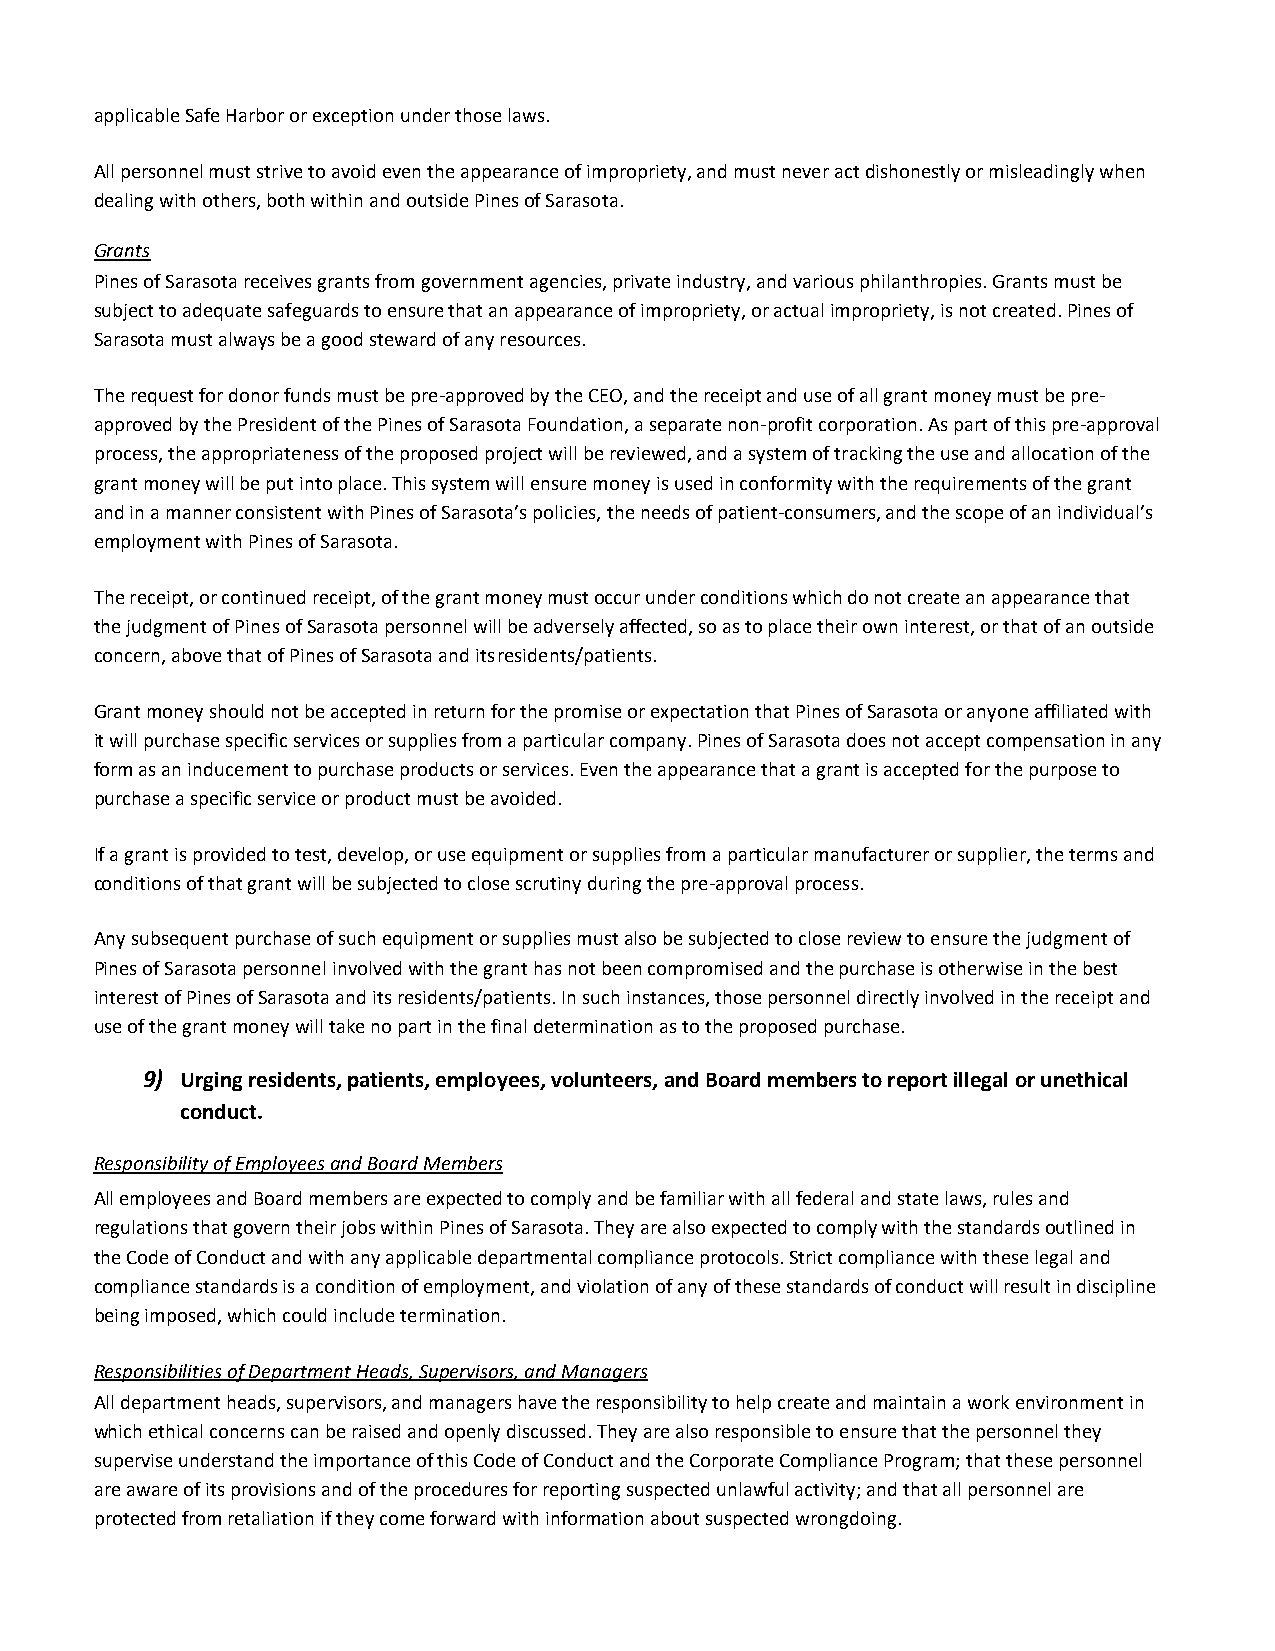
applicable Safe Harbor or exception under those laws.
 All personnel must strive to avoid even the appearance of impropriety, and must never act dishonestly or misleadingly when
 dealing with others, both within and outside Pines of Sarasota.
 Grants
 Pines of Sarasota receives grants from government agencies, private industry, and various philanthropies. Grants must be
 subject to adequate safeguards to ensure that an appearance of impropriety, or actual impropriety, is not created. Pines of
 Sarasota must always be a good steward of any resources.
 The request for donor funds must be pre-approved by the CEO, and the receipt and use of all grant money must be pre-
 approved by the President of the Pines of Sarasota Foundation, a separate non-profit corporation. As part of this pre-approval
 process, the appropriateness of the proposed project will be reviewed, and a system of tracking the use and allocation of the
 grant money will be put into place. This system will ensure money is used in conformity with the requirements of the grant
 and in a manner consistent with Pines of Sarasota’s policies, the needs of patient-consumers, and the scope of an individual’s
 employment with Pines of Sarasota.
 The receipt, or continued receipt, of the grant money must occur under conditions which do not create an appearance that
 the judgment of Pines of Sarasota personnel will be adversely affected, so as to place their own interest, or that of an outside
 concern, above that of Pines of Sarasota and its residents/patients.
 Grant money should not be accepted in return for the promise or expectation that Pines of Sarasota or anyone affiliated with
 it will purchase specific services or supplies from a particular company. Pines of Sarasota does not accept compensation in any
 form as an inducement to purchase products or services. Even the appearance that a grant is accepted for the purpose to
 purchase a specific service or product must be avoided.
 If a grant is provided to test, develop, or use equipment or supplies from a particular manufacturer or supplier, the terms and
 conditions of that grant will be subjected to close scrutiny during the pre-approval process.
 Any subsequent purchase of such equipment or supplies must also be subjected to close review to ensure the judgment of
 Pines of Sarasota personnel involved with the grant has not been compromised and the purchase is otherwise in the best
 interest of Pines of Sarasota and its residents/patients. In such instances, those personnel directly involved in the receipt and
 use of the grant money will take no part in the final determination as to the proposed purchase.
 9) Urging residents, patients, employees, volunteers, and Board members to report illegal or unethical
 conduct.
 Responsibility of Employees and Board Members
 All employees and Board members are expected to comply and be familiar with all federal and state laws, rules and
 regulations that govern their jobs within Pines of Sarasota. They are also expected to comply with the standards outlined in
 the Code of Conduct and with any applicable departmental compliance protocols. Strict compliance with these legal and
 compliance standards is a condition of employment, and violation of any of these standards of conduct will result in discipline
 being imposed, which could include termination.
 Responsibilities of Department Heads, Supervisors, and Managers
 All department heads, supervisors, and managers have the responsibility to help create and maintain a work environment in
 which ethical concerns can be raised and openly discussed. They are also responsible to ensure that the personnel they
 supervise understand the importance of this Code of Conduct and the Corporate Compliance Program; that these personnel
 are aware of its provisions and of the procedures for reporting suspected unlawful activity; and that all personnel are
 protected from retaliation if they come forward with information about suspected wrongdoing.